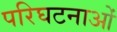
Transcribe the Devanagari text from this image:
परिघटनाओंं